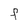
Character: F